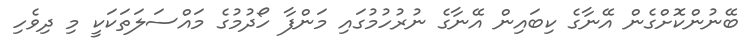
ބޭނުންކޮށްގެން އޭނާގެ ކިބައިން އޭނާގެ ނުރުހުމުގައި މަންފާ ހޯދުމުގެ މައްސަލަތަކަކީ މި ދިވެހި